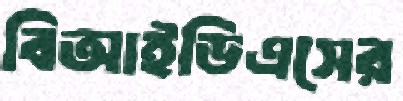
বিআইডিএসের